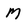
Character: M